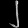
Digit: ၂